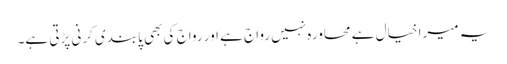
یہ میرا خیال ہے محاورہ نہیں رواج ہے اور رواج کی بھی پابندی کرنی پڑتی ہے۔